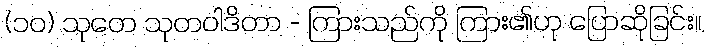
(၁၀) သုတေ သုတဝါဒိတာ - ကြားသည်ကို ကြား၏ဟု ပြောဆိုခြင်း။